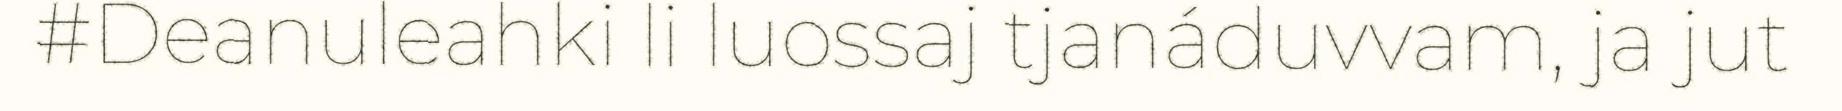
#Deanuleahki li luossaj tjanáduvvam, ja jut